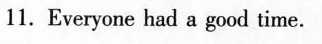
11. Everyone had a good time.